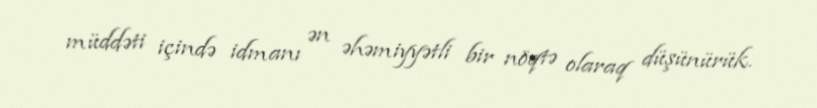
müddəti içində idmanı ən əhəmiyyətli bir nöqtə olaraq düşünürük.